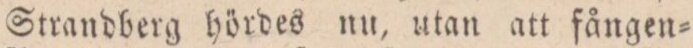
Strandberg hördes nu, utan att fången=